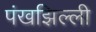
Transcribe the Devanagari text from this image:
पंखझिल्ली